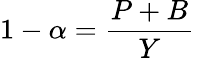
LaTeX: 1-\alpha={\frac{P+B}{Y}}\,